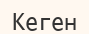
Кеген